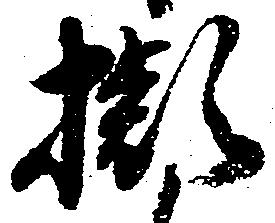
掛